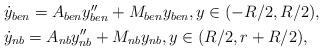
\begin{align*} \begin{aligned} & \dot y_{ben}=A_{ben}y''_{ben} +M_{ben}y_{ben}, y\in (-R/2,R/2), \\ & \dot y_{nb}=A_{nb}y''_{nb} +M_{nb}y_{nb}, y\in (R/2, r+R/2),\end{aligned}\end{align*}